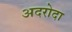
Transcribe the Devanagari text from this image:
अदरोदा